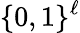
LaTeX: \{ 0,1\} ^{\ell}